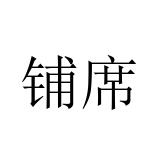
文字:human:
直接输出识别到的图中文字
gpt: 铺席